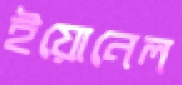
ইয়োনেল